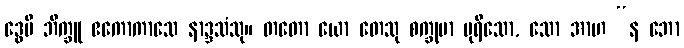
ဒွေပိ ဘိက္ခူ ဧကောကာသေ နာဒ္ဒသံသု။ တတော ယော တေသု စက္ခုမာ ပုရိသော, သော အာဟ “န ဘော